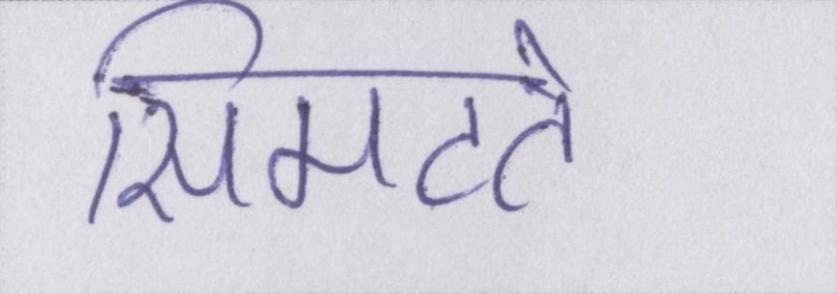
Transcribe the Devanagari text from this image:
सिमटते